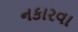
નકારવા